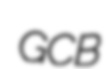
GCB